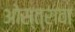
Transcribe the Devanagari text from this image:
ओस्त्रावा